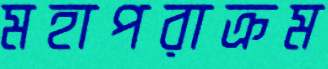
মহাপরাক্রম